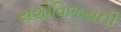
યશોવિજયની